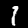
Label: 1